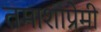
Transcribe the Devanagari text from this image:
तमाशाप्रेमी